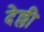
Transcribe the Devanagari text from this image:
देल्ली